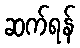
ဆက်ရန်